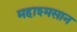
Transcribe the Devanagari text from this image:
महाश्मसान